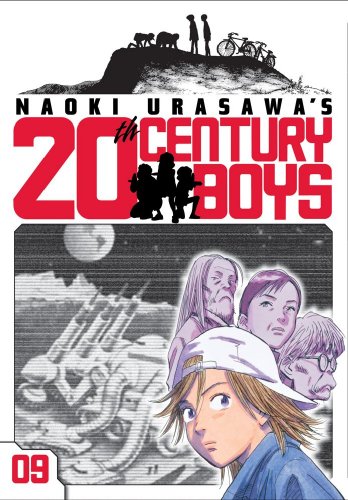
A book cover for Naoki Urasawa's 20th Century Boys, Vol. 9; Naoki Urasawa; Comics & Graphic Novels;